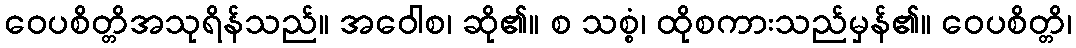
ဝေပစိတ္တိအသုရိန်သည်။ အဝေါစ၊ ဆို၏။ စ သစ္စံ၊ ထိုစကားသည်မှန်၏။ ဝေပစိတ္တိ၊